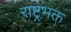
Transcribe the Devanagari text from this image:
राष्ट्रभक्त